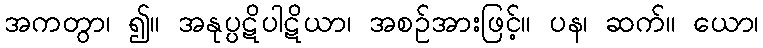
အကတွာ၊ ၍။ အနုပ္ပဋိပါဋိယာ၊ အစဉ်အားဖြင့်။ ပန၊ ဆက်။ ယော၊